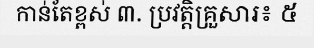
កាន់តែខ្ពស់ ៣. ប្រវត្តិគ្រួសារ៖ ៥